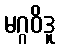
မဂ္ဂဝိဒူ